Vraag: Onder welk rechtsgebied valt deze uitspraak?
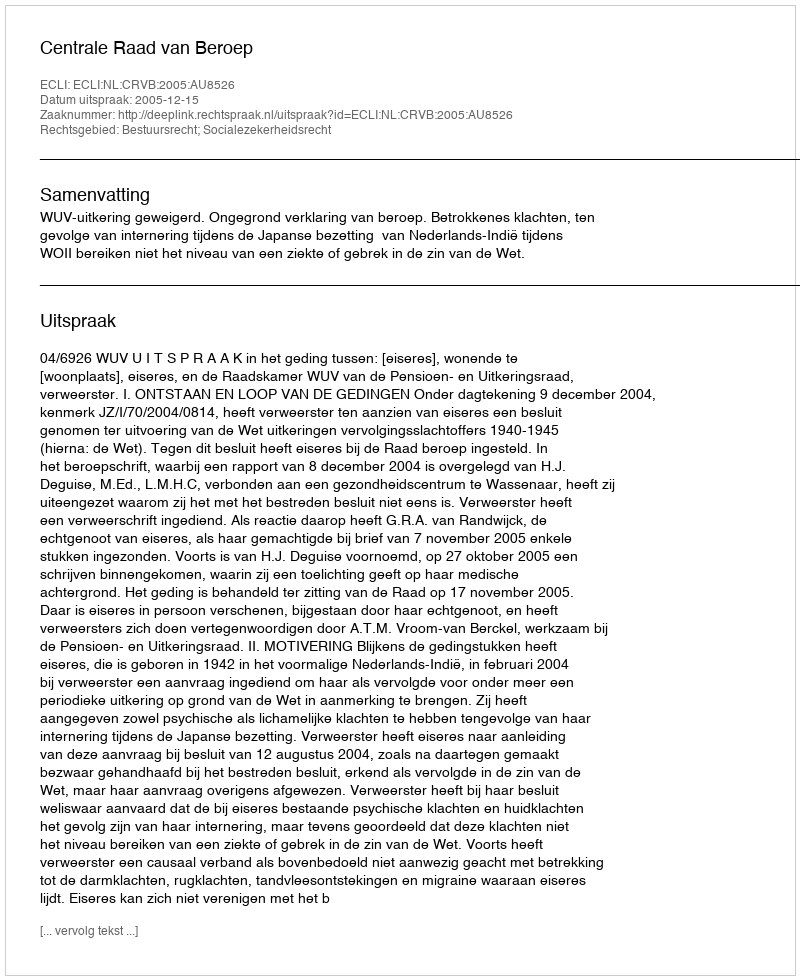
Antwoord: Bestuursrecht; Socialezekerheidsrecht